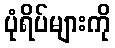
ပုံရိပ်များကို